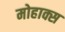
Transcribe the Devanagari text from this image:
मोहाक्स